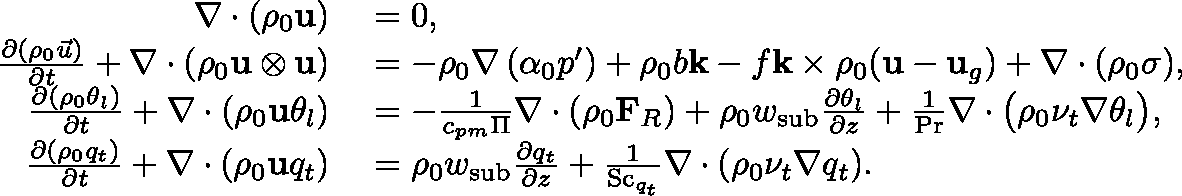
\begin{array} { r l } { \nabla \cdot ( \rho _ { 0 } \mathbf { u } ) } & { { } = 0 , } \\ { \frac { \partial ( \rho _ { 0 } \vec { u } ) } { \partial t } + \nabla \cdot \left( \rho _ { 0 } \mathbf { u } \otimes \mathbf { u } \right) } & { { } = - \rho _ { 0 } \nabla \left( \alpha _ { 0 } p ^ { \prime } \right) + \rho _ { 0 } b \mathbf { k } - f \mathbf { k } \times \rho _ { 0 } ( \mathbf { u } - \mathbf { u } _ { g } ) + \nabla \cdot ( \rho _ { 0 } \mathbf { \sigma } ) , } \\ { \frac { \partial ( \rho _ { 0 } \theta _ { l } ) } { \partial t } + \nabla \cdot \left( \rho _ { 0 } \mathbf { u } \theta _ { l } \right) } & { { } = - \frac { 1 } { c _ { p m } \Pi } \nabla \cdot ( \rho _ { 0 } \mathbf { F } _ { R } ) + \rho _ { 0 } w _ { \mathrm { s u b } } \frac { \partial \theta _ { l } } { \partial z } + \frac { 1 } { \mathrm { P r } } \nabla \cdot \bigl ( \rho _ { 0 } \nu _ { t } \nabla \theta _ { l } \bigr ) , } \\ { \frac { \partial ( \rho _ { 0 } q _ { t } ) } { \partial t } + \nabla \cdot ( \rho _ { 0 } \mathbf { u } q _ { t } ) } & { { } = \rho _ { 0 } w _ { \mathrm { s u b } } \frac { \partial q _ { t } } { \partial z } + \frac { 1 } { \mathrm { S c } _ { q _ { t } } } \nabla \cdot ( \rho _ { 0 } \nu _ { t } \nabla q _ { t } ) . } \end{array}